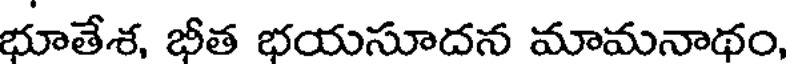
భూతేశ, భీత భయసూదన మామనాథం,